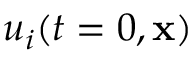
u _ { i } ( t = 0 , { \mathbf { x } } )